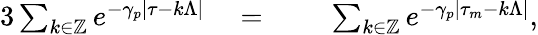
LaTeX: \begin{array}{rlrl}{{3}\sum_{k\in\mathbb{Z}}e^{-\gamma_{p}|\tau-k\Lambda|}}&{{}{}={}}&{}&{{}\sum_{k\in\mathbb{Z}}e^{-\gamma_{p}|\tau_{m}-k\Lambda|},}\end{array}